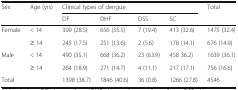
| <ROWSPAN=2> Sex | <ROWSPAN=2> Age (yrs) | <COLSPAN=4> Clinical types of dengue | <ROWSPAN=2> Total |
 | DF | DHF | DSS | SC |
 | --- | --- | --- | --- | --- | --- | --- |
 | <ROWSPAN=2> Female | < 14 | 399 (28.5) | 656 (35.5) | 7 (19.4) | 413 (32.6) | 1475 (32.4) |
 | ≥ 14 | 245 (17.5) | 251 (13.6) | 2 (5.6) | 178 (14.1) | 676 (14.9) |
 | <ROWSPAN=2> Male | < 14 | 490 (35.1) | 668 (36.2) | 23 (63.9) | 458 36.2) | 1639 (36.1) |
 | ≥ 14 | 264 (18.9) | 271 (14.7) | 4 (11.1) | 217 (17.1) | 756 (16.6) |
 | <COLSPAN=2> Total | 1398 (38.7) | 1846 (40.6) | 36 (0.8) | 1266 (27.8) | 4546 |